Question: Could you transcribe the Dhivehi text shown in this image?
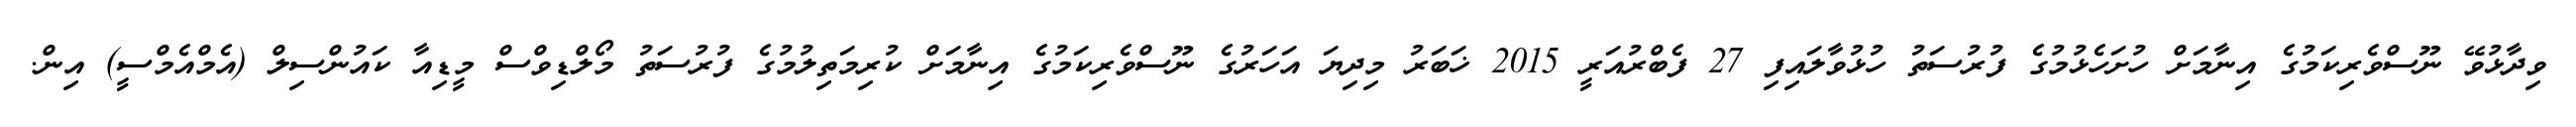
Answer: ވިދާޅުވޭ ނޫސްވެރިކަމުގެ އިނާމަށް ހުށަހެޅުމުގެ ފުރުސަތު ހުޅުވާލައިފި 27 ފެބްރުއަރީ 2015 ޚަބަރު މިދިޔަ އަހަރުގެ ނޫސްވެރިކަމުގެ އިނާމަށް ކުރިމަތިލުމުގެ ފުރުސަތު މޯލްޑިވްސް މީޑިއާ ކައުންސިލް (އެމްއެމްސީ) އިން.